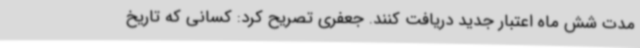
مدت شش ماه اعتبار جدید دریافت کنند. جعفری تصریح کرد: کسانی که تاریخ